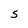
Character: s